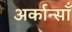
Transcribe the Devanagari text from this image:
अर्कान्साँ